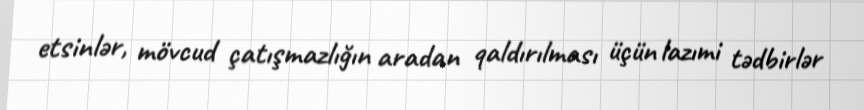
etsinlər, mövcud çatışmazlığın aradan qaldırılması üçün lazımi tədbirlər